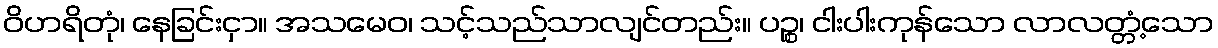
ဝိဟရိတုံ၊ နေခြင်းငှာ။ အသမေဝ၊ သင့်သည်သာလျင်တည်း။ ပဉ္စ၊ ငါးပါးကုန်သော လာလတ္တံ့သော